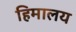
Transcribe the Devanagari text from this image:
हिमालय